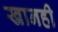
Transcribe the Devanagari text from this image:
खानही